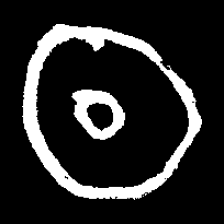
Pyu character \u2014 Myanmar letter: ထ (romanized: tha)